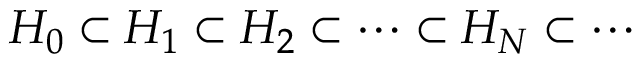
H _ { 0 } \subset H _ { 1 } \subset H _ { 2 } \subset \cdots \subset H _ { N } \subset \cdots